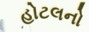
હોટલનો